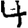
Digit: 4